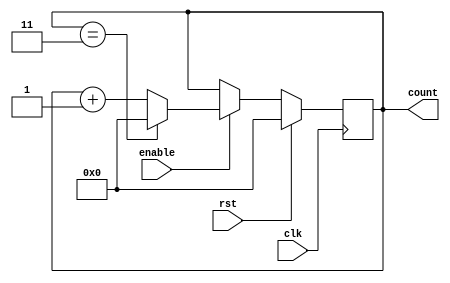
module ModuloN_Up_Counter (
    input wire clk,
    input wire rst,
    input wire enable,
    output reg [N-1:0] count
);

parameter N = 4; // Define the value of N for the modulo-N counter

always @(posedge clk) begin
    if (rst) begin
        count <= 0;
    end else if (enable) begin
        if (count == N-1) begin
            count <= 0;
        end else begin
            count <= count + 1;
        end
    end
end

endmodule